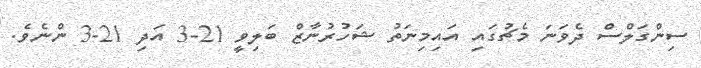
ސިންގަލްސް ދެވަނަ މެޗުގައި އައިމިނަތު ޝަހުރުނާޒް ބަލިވީ 21-3 އަދި 21-3 ންނެވެ.